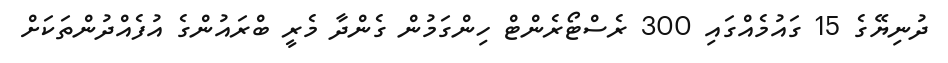
ދުނިޔޭގެ 15 ގައުމެއްގައި 300 ރެސްޓޯރެންޓް ހިންގަމުން ގެންދާ މެރީ ބްރައުންގެ އުފެއްދުންތަކަށް